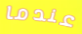
عندما